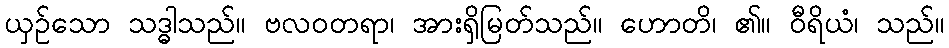
ယှဉ်သော သဒ္ဓါသည်။ ဗလဝတရာ၊ အားရှိမြတ်သည်။ ဟောတိ၊ ၏။ ဝီရိယံ၊ သည်။